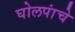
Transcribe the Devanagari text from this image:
घोलपांचे